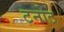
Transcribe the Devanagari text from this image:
टनोट